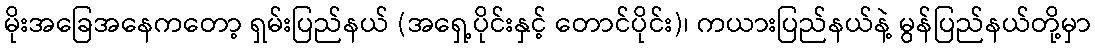
မိုးအခြေအနေကတော့ ရှမ်းပြည်နယ် (အရှေ့ပိုင်းနှင့် တောင်ပိုင်း)၊ ကယားပြည်နယ်နဲ့ မွန်ပြည်နယ်တို့မှာ